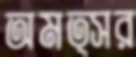
অমত্সর